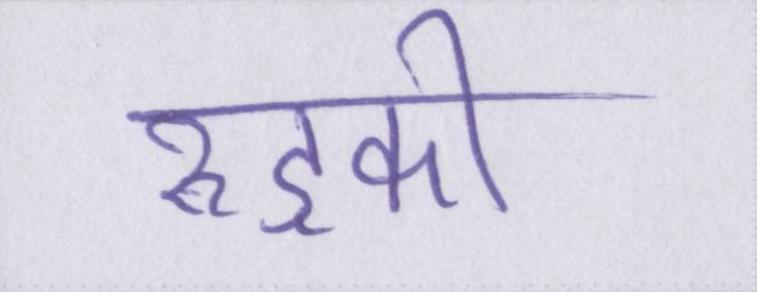
रुड़की